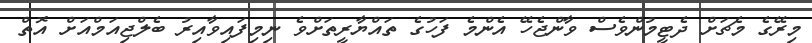
މިރޭގެ މެޗަށް ދެޓީމުންވެސް ވާންޖެހޭ އެންމެ ފަހުގެ ތައްޔާރީތަށްވެ ނިމިފައިވާއިރު ބެލްޖިއަމްއަށް އޮތް